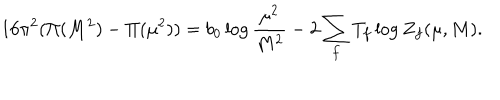
1 6 \pi ^ { 2 } ( \Pi ( M ^ { 2 } ) - \Pi ( \mu ^ { 2 } ) ) = b _ { 0 } \log \frac { \mu ^ { 2 } } { M ^ { 2 } } - 2 \sum _ { f } T _ { f } \log Z _ { f } ( \mu , M ) .